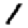
Digit: 1